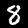
Label: 8